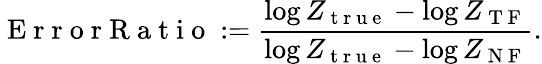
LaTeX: \mathrm{~E~r~r~o~r~R~a~t~i~o~}:=\frac{{\log Z_{\mathrm{~t~r~u~e~}}-\log Z_{\mathrm{~T~F~}}}}{{\log Z_{\mathrm{~t~r~u~e~}}-\log Z_{\mathrm{~N~F~}}}}.